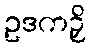
ဥဒကဉှိ